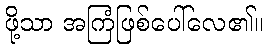
ဖို့သာ အကြံဖြစ်ပေါ်လေ၏။